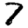
Digit: 7